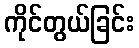
ကိုင်တွယ်ခြင်း